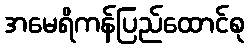
အမေရိကန်ပြည်ထောင်စု